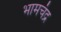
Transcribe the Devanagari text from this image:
भामचंद्र